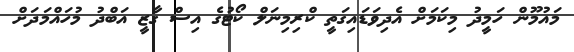
މައުމޫން ހަމީދު މިކަމަށް އެދިވަޑައިގަތީ ކްރިމިނަލް ކޯޓުގެ އިސް ގާޒީ އަބްދު މުހައްމަދަށް